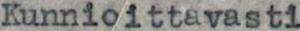
Kunnioittavasti